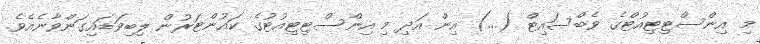
މި އިންސްޓިޓިއުޓްގެ ވެބްސައިޓް (...) އިން އަދި މި އިންސްޓިޓިއުޓުގެ ކައުންޓަރުން ލިބިވަޑައިގަންވާނެއެވެ.